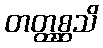
တတ္ထစ္ဆသိ